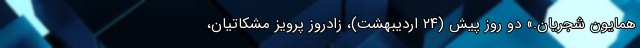
همایون شجریان.» دو روز پیش (۲۴ اردیبهشت)، زادروز پرویز مشکاتیان،